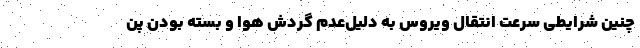
چنین شرایطی سرعت انتقال ویروس به دلیل‌عدم گردش هوا و بسته بودن پن